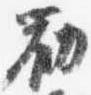
勧